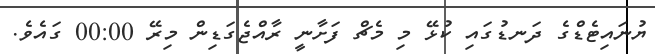
ޔުނައިޓެޑްގެ ދަނޑުގައި ކުޅޭ މި މެޗް ފަށާނީ ރާއްޖެގަޑިން މިރޭ 00:00 ގައެވެ.